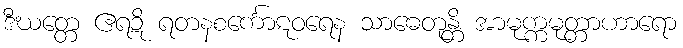
ဒီဃတ္တေ ဧရဍိ ရတနစင်္ကောဋဝရေန သာဓေတုန္တိ အာမုက္ကမုတ္တာဟာရော